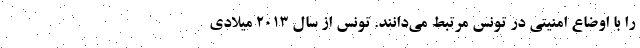
را با اوضاع امنیتی در تونس مرتبط می‌دانند. تونس از سال ۲۰۱۳ میلادی